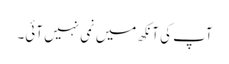
آپ کی آنکھ میں نمی نہیں آئی۔